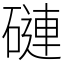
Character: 䃛